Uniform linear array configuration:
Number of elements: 16
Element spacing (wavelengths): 0.75
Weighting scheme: hamming
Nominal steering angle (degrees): -45
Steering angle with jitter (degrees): -43.73
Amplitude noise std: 0.05
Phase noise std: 0.05

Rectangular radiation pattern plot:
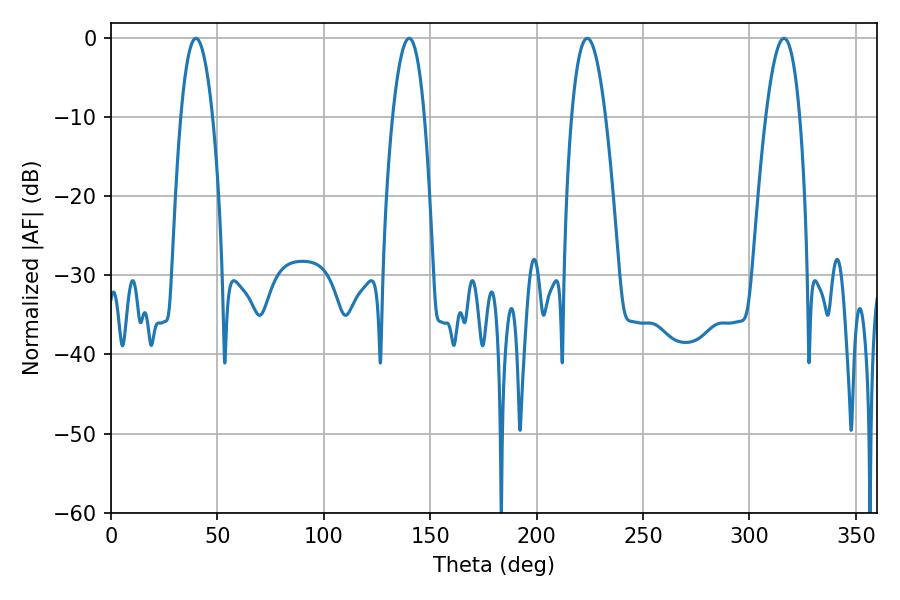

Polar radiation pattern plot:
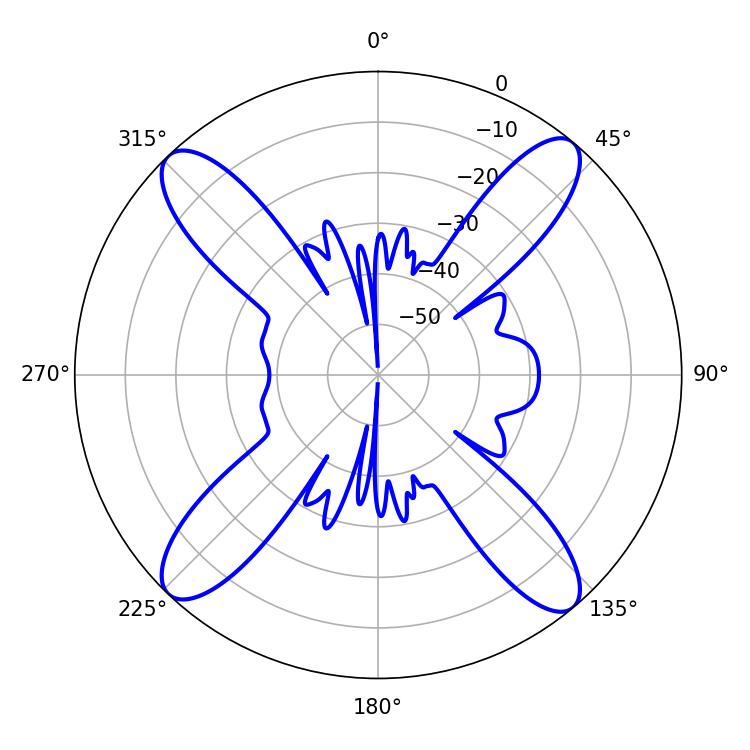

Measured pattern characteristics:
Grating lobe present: TRUE
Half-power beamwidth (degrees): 8.82
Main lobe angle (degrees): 223.74